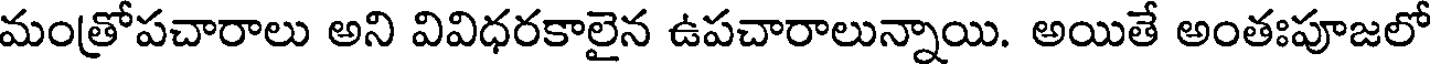
మంత్రోపచారాలు అని వివిధరకాలైన ఉపచారాలున్నాయి. అయితే అంతఃపూజలో